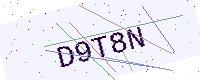
Text: D9T8N